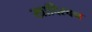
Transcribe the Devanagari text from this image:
खादिरवन